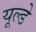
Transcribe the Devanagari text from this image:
यूल्डे